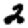
Digit: 2